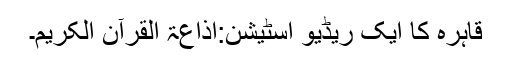
قاہرہ کا ایک ریڈیو اسٹیشن:اذاعۃ القرآن الکریم۔